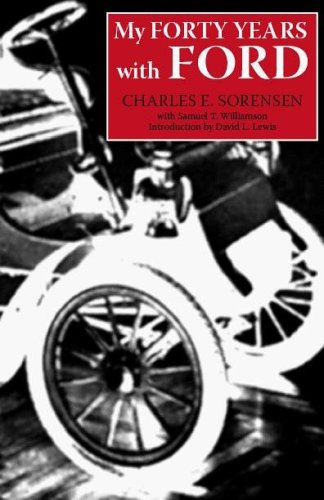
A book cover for My Forty Years with Ford (Great Lakes Books Series); Charles E Sorensen; Business & Money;